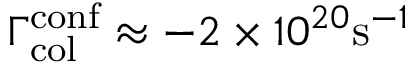
\Gamma _ { \mathrm { c o l } } ^ { \mathrm { c o n f } } \approx - 2 \times 1 0 ^ { 2 0 } \mathrm { s } ^ { - 1 }